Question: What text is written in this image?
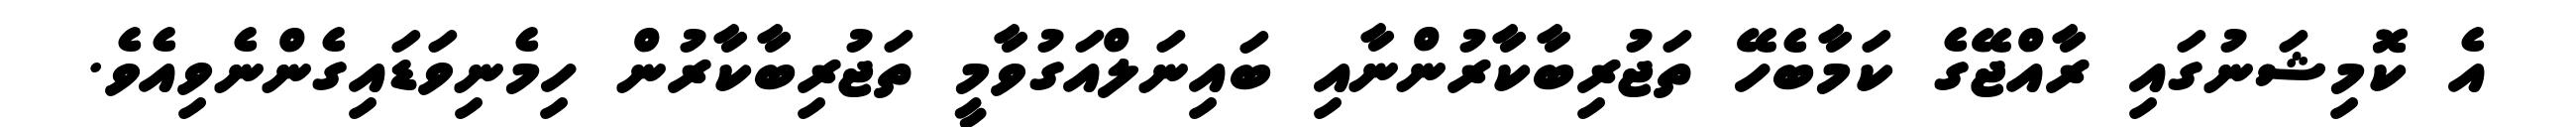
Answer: އެ ކޮމިޝަނުގައި ރާއްޖޭގެ ކަމާބެހޭ ތަޖުރިބާކާރުންނާއި ބައިނަލްއަގުވާމީ ތަޖުރިބާކާރުން ހިމެނިވަޑައިގެންނެވިއެވެ.